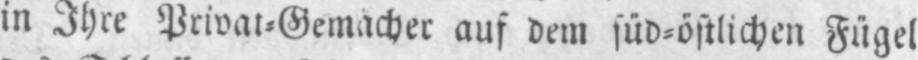
auf dem süd⸗östlichen Fügel